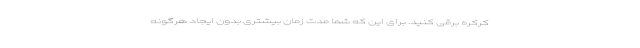
کرکره برقی کنید. برای این که شما مدت زمان بیشتری بدون ایجاد هرگونه